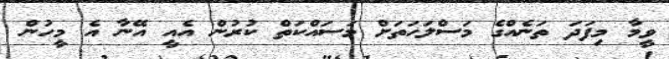
ވީމާ މިފަދަ ތަނެއްގެ މަސްލަހަތަށް މަސައްކަތް ކުރުން އެއީ އޭނާ އެ މީހުން